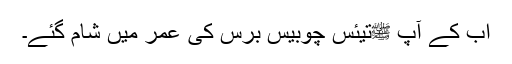
اب کے آپ ﷺتیئس چوبیس برس کی عمر میں شام گئے۔